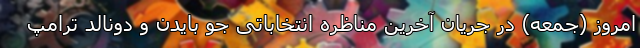
امروز (جمعه) در جریان آخرین مناظره انتخاباتی جو بایدن و دونالد ترامپ